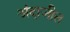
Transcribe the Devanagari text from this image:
अंदाजीत